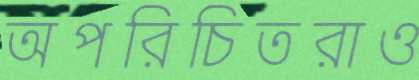
অপরিচিতরাও